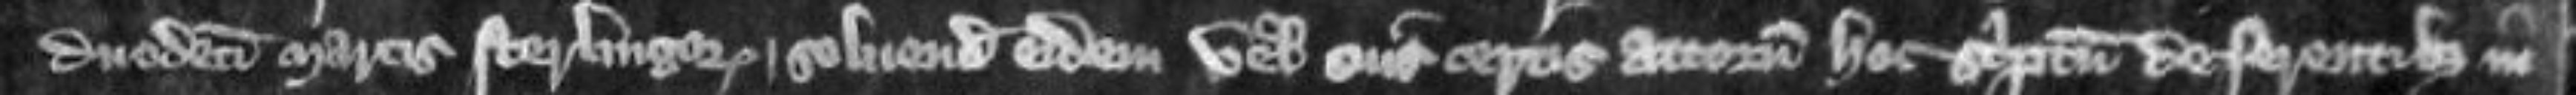
duodecim marcis sterlingorum solvendis eidem vel suis certis attornatis hoc scriptum deferentibus in